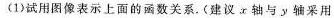
(1)试用图像表示上面的函数关系。(建议x轴与y轴采用